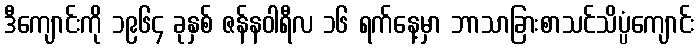
ဒီကျောင်းကို ၁၉၆၄ ခုနှစ် ဇန်နဝါရီလ ၁၆ ရက်နေ့မှာ ဘာသာခြားစာသင်သိပ္ပံကျောင်း